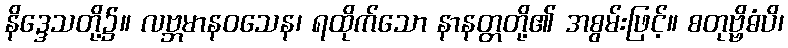
နိဒ္ဒေသတို့၌။ လဗ္ဘမာနဝသေန၊ ရထိုက်သော နာနတ္တတို့၏ အစွမ်းဖြင့်။ စတုဗ္ဗိဓံပိ၊